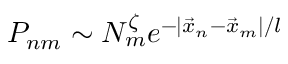
P _ { n m } \sim N _ { m } ^ { \zeta } e ^ { - | \vec { x } _ { n } - \vec { x } _ { m } | / l }